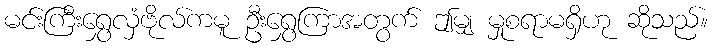
မင်းကြီးရွှေလှံဗိုလ်ကမူ ဦးရွှေကြာအတွက် ဤမျှ မှုစရာမရှိဟု ဆိုသည်။